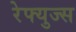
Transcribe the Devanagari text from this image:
रेफ्युज्स